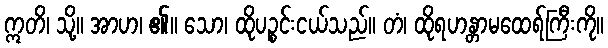
ဣတိ၊ သို့။ အာဟ၊ ၏။ သော၊ ထိုပဉ္စင်းငယ်သည်။ တံ၊ ထိုရဟန္တာမထေရ်ကြီးကို။